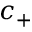
c _ { + }